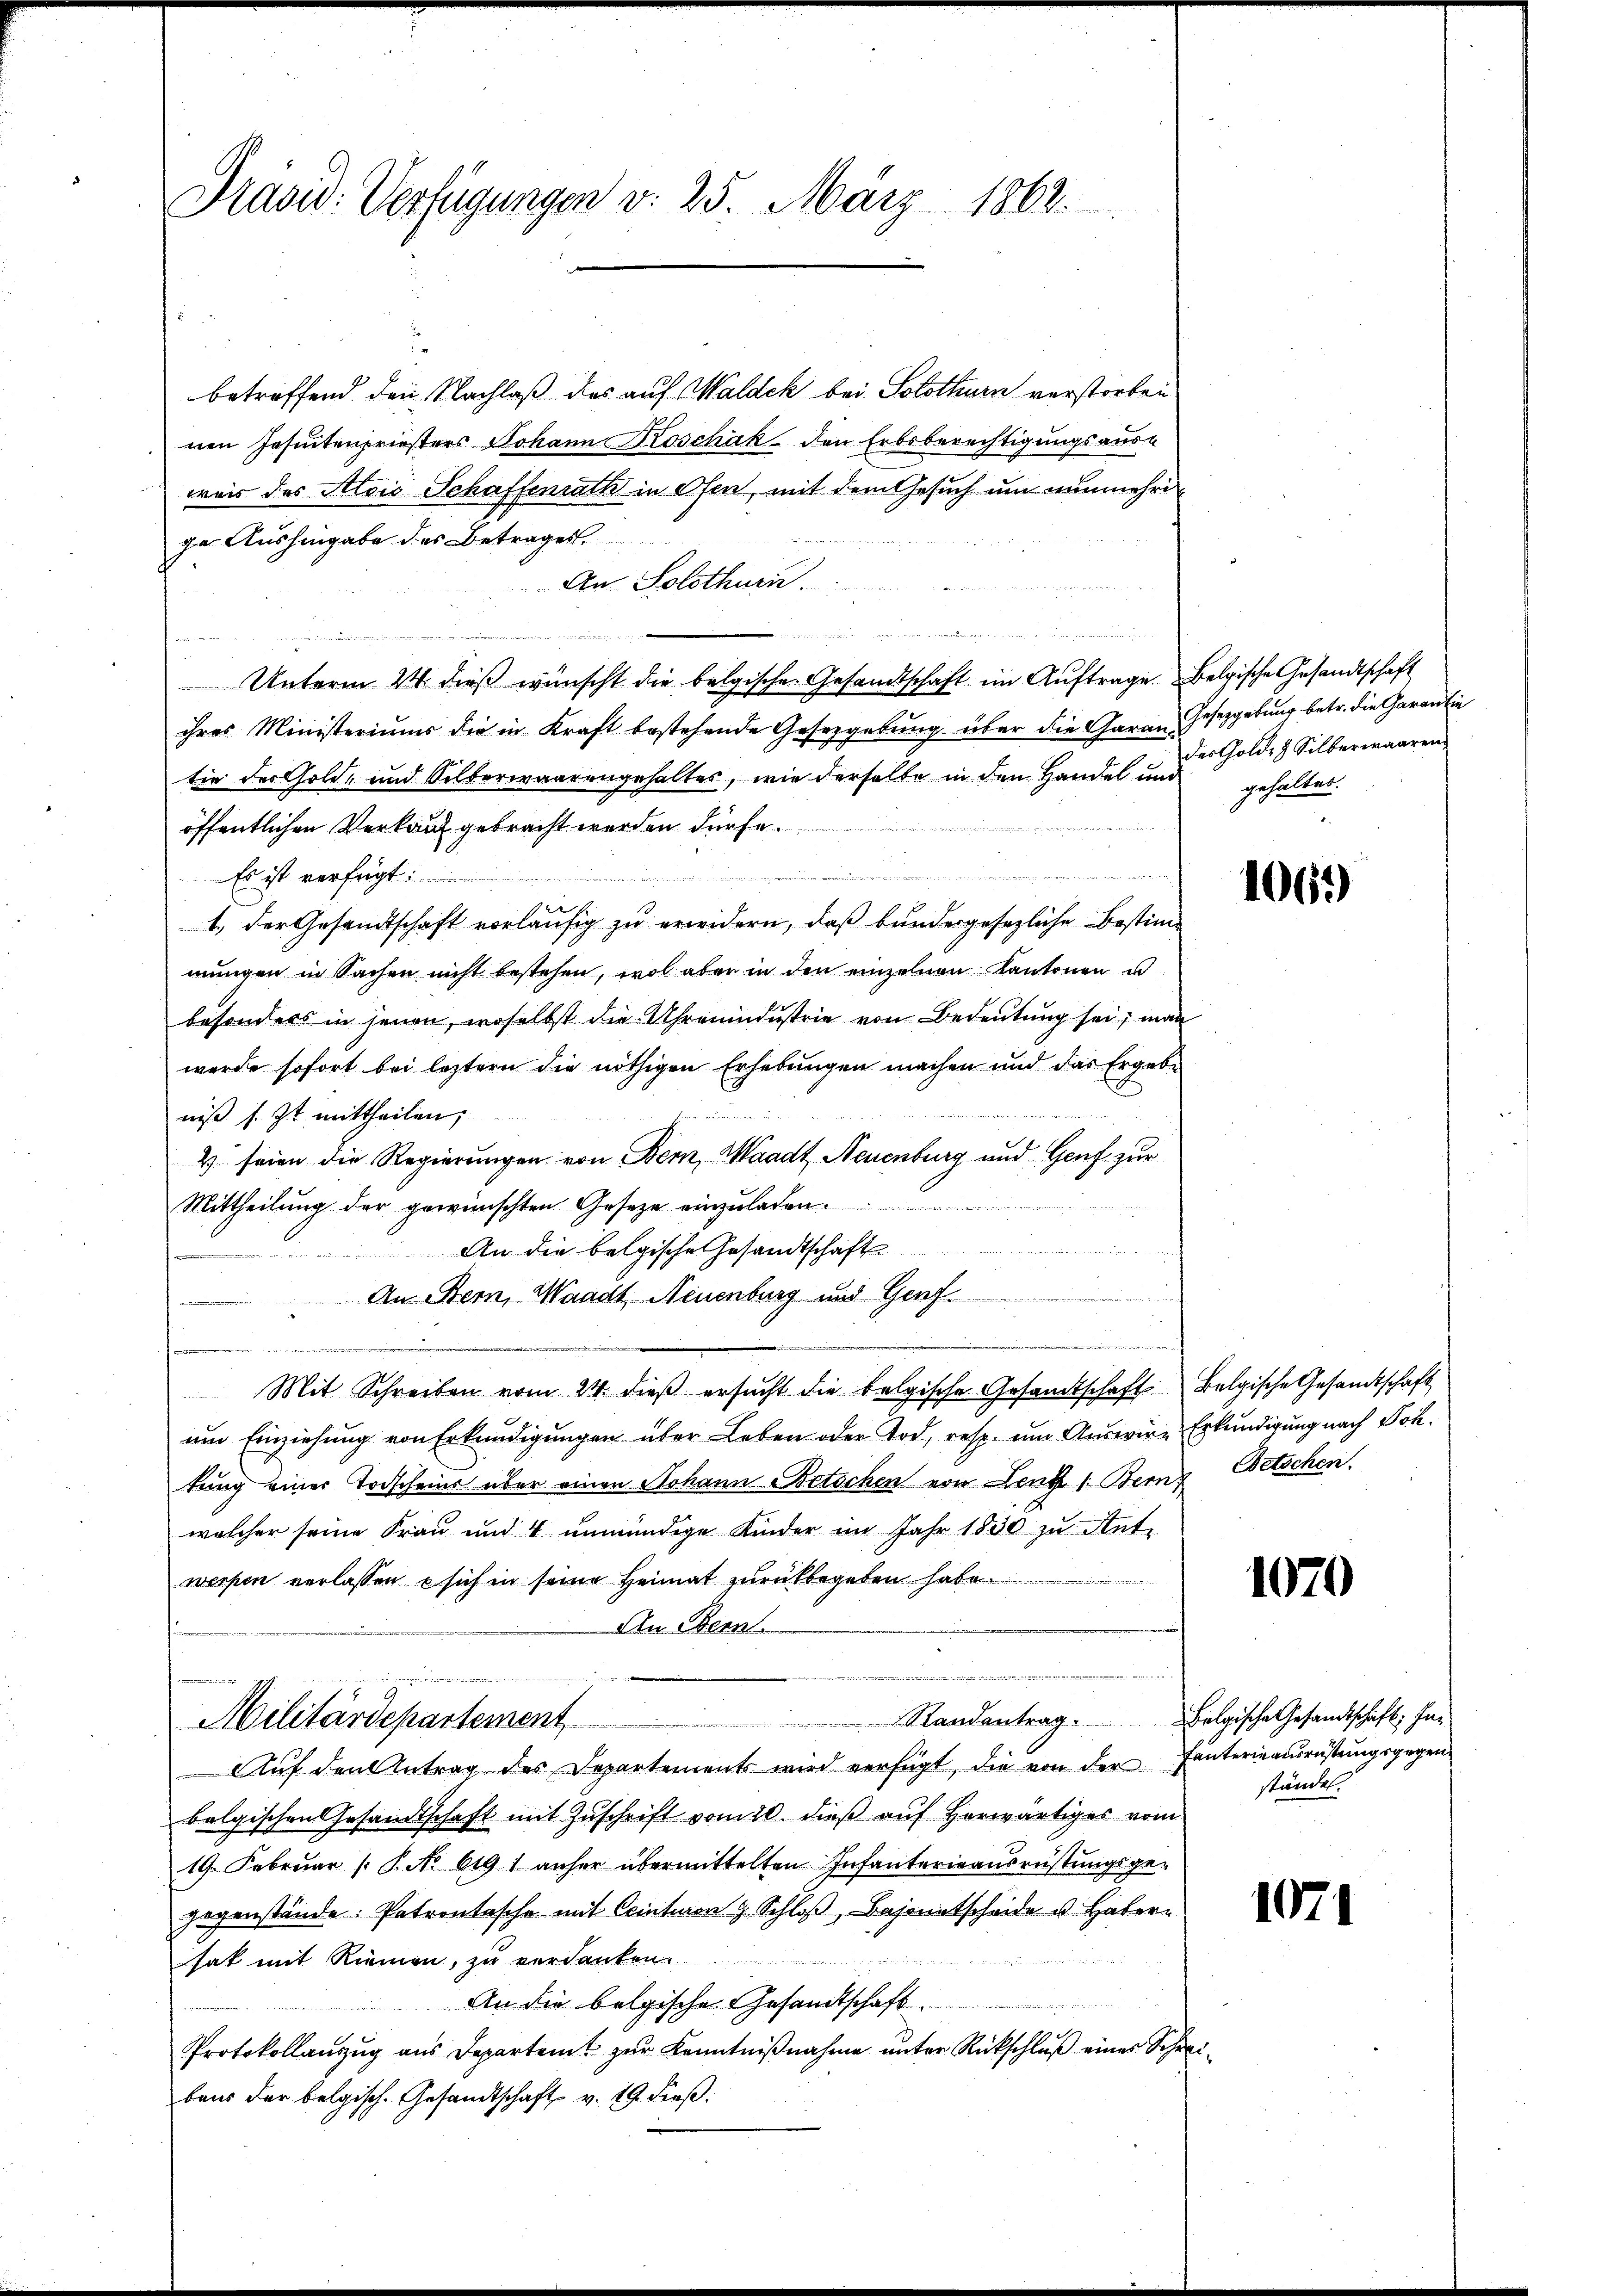
Pravid: Verfügungen v. 25. März 1862.

betreffend den Nachlaß des auf Waldek bei Solothurn verstorben
nen Jesuitenpriesters Johann Koschák den Erbsberechtigungsauswais des Alois Schaffenrath in Ofen, mit dem Gesuch um nunmehrige Aushingabe des Betrages
An Solothurn.
n
Unterm 24. dieß wünscht die belgischen Gesandtschaft im Auftrage Belgische Gesandtschaft
ihres Ministeriums die in Kraft bestehende Gesetzgebung über die Garan Gesetzgebung betr. die Garantie
tie der Gold- und Silberwaarengehaltes, wie derselbe in den Handel und gehalten.
öffentlichen Verkauf gebracht worden dürfe.
u
n
Es ist verfügt:
1. der Gesandtschaft vorläufig zu erwidern, daß bundergesezliche Bestimmungen in Sachen nicht bestehen, wol aber in den einzelnen Kantonen u
besonders in jenen, woselbst die Uhrmnindustrie von Bedeutung sei; man
werde sofort bei leztern die nöthigen Erhebungen machen und das Ergebe
niß s. Zt. mittheilen,
4 seien die Regierungen von Bern, Waadt, Neuenburg und Genf zur
Mittheilung der gewünschten Gesetze einzuladen.
An die belgische Gesandtschaft
f
und
An Stern, Waadt, Neuenburg und Genf
e
n
Mit Schreiben vom 24. dieß ersucht die belgische Gesandtschaft Belgische Gesandtschaft
um Einziehung von Erkundigungen über Leben oder Tod, resp. um Auswire Erkundigung nach Sch.
tung einer Todscheine über einen Johann Betschen von Lentz 1. Bern Betschen.
welcher seine Frau und 4 unmündige Kinder im Jahr 1850 zu Antr
werpen verlassen  sich in seine Heimat zurückbegeben habe.
An Bern.
e

Standentrag Belgische Gesandtschaft; ha¬
Militärdepartement
Auf den Antrag des Departements wird verfügt, die von der Tanterinausrüstungsgegenbelgischen Gesandtschaft mit Zuschrift vom 20. dieß auf herwärtiges vom
19. Februar (P. No 619 1 anher übermittelten Infanterieausrüstungsge-
gegenstände: Patrontasche mit Ccinteren g. Schloß, Bejanitscheide u. Haber

hat mit Riemen, zu verdanken.
An die belgische Gesandtschaft
Protokollaŭszŭg aŭs Departamt zŭr Kenntniβnahme ŭnter Rückschlŭβ eines Schrebaus der belgisch. Gesandtschaft v. 19 dieß.

des Gold- & Silberwaaren

1061)

1070

ständet.

1071